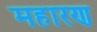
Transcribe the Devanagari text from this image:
महारण